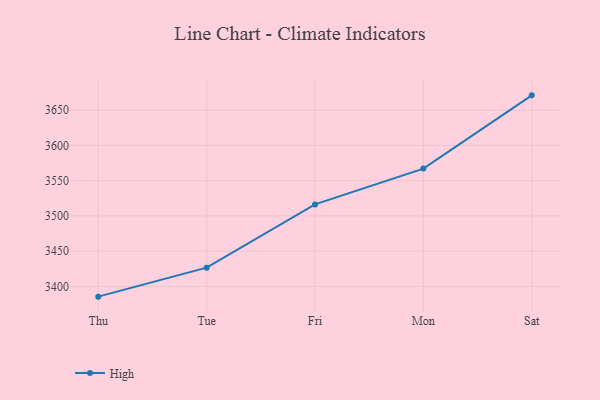
{"axis": {"x": "Day", "y": "Population (Million)"}, "legend": ["High"], "data": [{"x": "Thu", "y": 3385.5, "type": "High"}, {"x": "Tue", "y": 3426.6, "type": "High"}, {"x": "Fri", "y": 3516.4, "type": "High"}, {"x": "Mon", "y": 3567.2, "type": "High"}, {"x": "Sat", "y": 3671.1, "type": "High"}]}